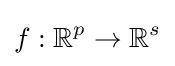
f:\mathbb {R} ^{p}\rightarrow \mathbb {R} ^{s}